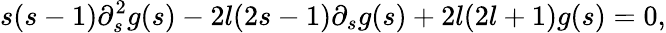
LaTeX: s(s-1)\partial_{s}^{2}g(s)-2l(2s-1)\partial_{s}g(s)+2l(2l+1)g(s)=0,